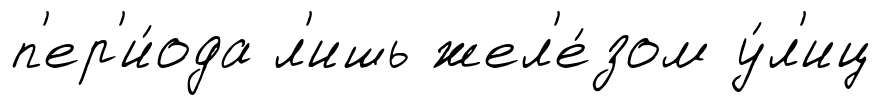
п'ер'и́ода л'ишь жел'е́зом у́л'иц